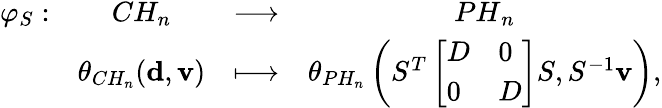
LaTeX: \begin{array}{cccc}{\varphi_{S}:}&{CH_{n}}&{\longrightarrow}&{{PH}_{n}}\\ &{\theta_{CH_{n}}({\mathbf d},{\mathbf v})}&{\longmapsto}&{\theta_{PH_{n}}\left(S^{T}\left[\begin{array}{ll}{D}&{0}\\ {0}&{D}\end{array}\right]S,S^{-1}{\mathbf v}\right),}\end{array}